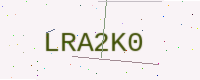
Text: LRA2K0